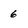
Character: 6